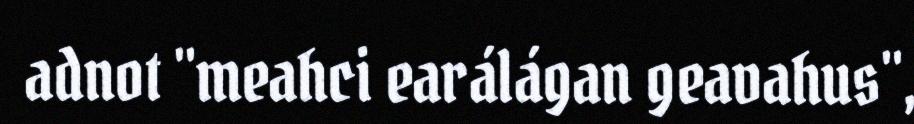
adnot "meahci earálágan geavahus",